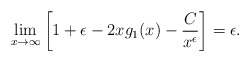
\begin{align*}\lim_{x\to\infty} \left[1 + \epsilon - 2x g_1(x) - \frac{C}{x^\epsilon}\right] = \epsilon.\end{align*}